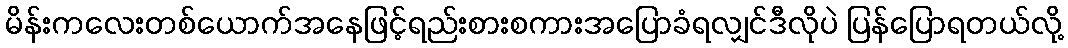
မိန်းကလေးတစ်ယောက်အနေဖြင့်ရည်းစားစကားအပြောခံရလျှင်ဒီလိုပဲ ပြန်ပြောရတယ်လို့